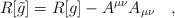
LaTeX: \begin{align*}R[\tilde{g}]=R[g]-A^{\mu\nu}A_{\mu\nu}~~~,\end{align*}